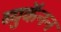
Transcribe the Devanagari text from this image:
ब्युकॅनन